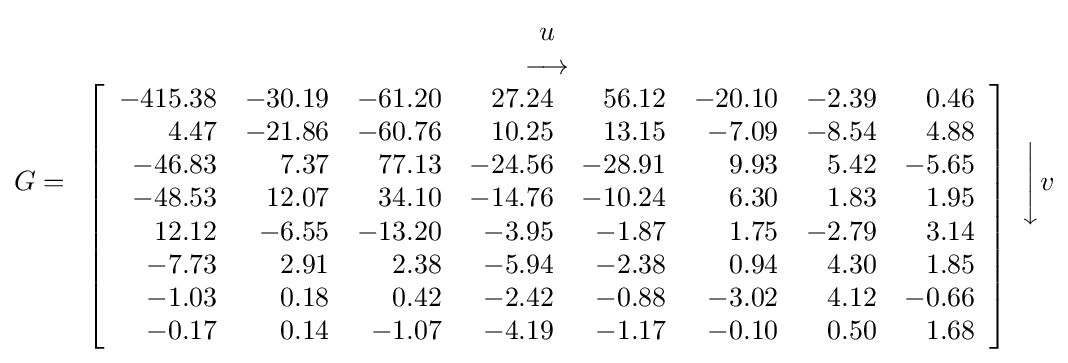
G={\begin{array}{c}u\\\longrightarrow \\\left[{\begin{array}{rrrrrrrr}-415.38&-30.19&-61.20&27.24&56.12&-20.10&-2.39&0.46\\4.47&-21.86&-60.76&10.25&13.15&-7.09&-8.54&4.88\\-46.83&7.37&77.13&-24.56&-28.91&9.93&5.42&-5.65\\-48.53&12.07&34.10&-14.76&-10.24&6.30&1.83&1.95\\12.12&-6.55&-13.20&-3.95&-1.87&1.75&-2.79&3.14\\-7.73&2.91&2.38&-5.94&-2.38&0.94&4.30&1.85\\-1.03&0.18&0.42&-2.42&-0.88&-3.02&4.12&-0.66\\-0.17&0.14&-1.07&-4.19&-1.17&-0.10&0.50&1.68\end{array}}\right]\end{array}}{\Bigg \downarrow }v